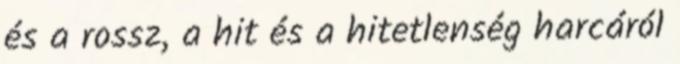
és a rossz, a hit és a hitetlenség harcáról